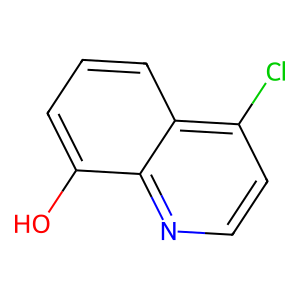
SMILES: Oc1cccc2c(Cl)ccnc12
Inhibits HIV replication: No